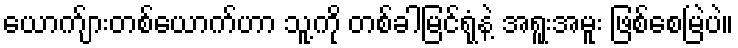
ယောက်ျားတစ်ယောက်ဟာ သူ့ကို တစ်ခါမြင်ရုံနဲ့ အရူးအမူး ဖြစ်စေမြဲပဲ။